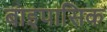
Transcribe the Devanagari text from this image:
बाइपासिक